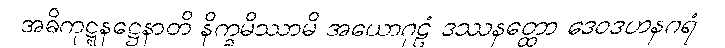
အဓိကုဋ္ဋနဋ္ဌေနာတိ နိက္ခမိဿာမိ အယောဂုဠံ ဒဿနတ္ထော ဒေဝဒဟနဂရံ